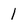
Character: 1